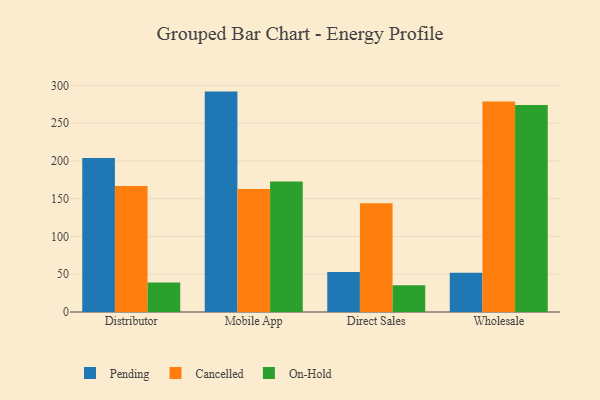
{"axis": {"x": "Channel", "y": "Temperature (°C)"}, "legend": ["Cancelled", "On-Hold", "Pending"], "data": [{"x": "Distributor", "y": 203.9, "type": "Pending"}, {"x": "Distributor", "y": 166.7, "type": "Cancelled"}, {"x": "Distributor", "y": 39.2, "type": "On-Hold"}, {"x": "Mobile App", "y": 291.8, "type": "Pending"}, {"x": "Mobile App", "y": 162.7, "type": "Cancelled"}, {"x": "Mobile App", "y": 172.9, "type": "On-Hold"}, {"x": "Direct Sales", "y": 53.1, "type": "Pending"}, {"x": "Direct Sales", "y": 143.9, "type": "Cancelled"}, {"x": "Direct Sales", "y": 35.5, "type": "On-Hold"}, {"x": "Wholesale", "y": 51.8, "type": "Pending"}, {"x": "Wholesale", "y": 278.6, "type": "Cancelled"}, {"x": "Wholesale", "y": 274.2, "type": "On-Hold"}]}